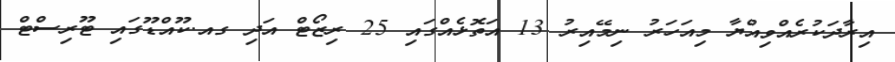
އިރާދަކުރެއްވިއްޔާ މިއަހަރު ނިމޭއިރު 13 އަތޮޅެއްގައި 25 ރިޒޯޓް އަދި ގއ.ކޫއްޑޫގައި ޓޫރިސްޓް